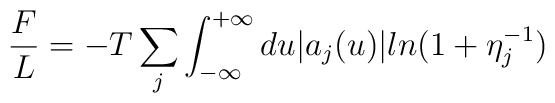
\frac{F}{L}=-T\sum_j \int_{-\infty}^{+\infty}du|a_j(u)|ln(1+\eta_j^{-1})